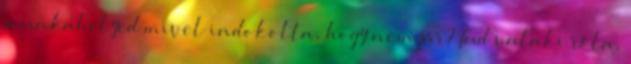
munkahelyed mivel indokolta, hogy nem jár? Tud valaki róla,